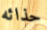
حذائه